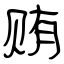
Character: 贿